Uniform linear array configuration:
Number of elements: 32
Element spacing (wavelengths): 0.25
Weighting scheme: exponential
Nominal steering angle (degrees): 15
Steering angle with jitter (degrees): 16.497
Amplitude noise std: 0.05
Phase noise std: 0.05

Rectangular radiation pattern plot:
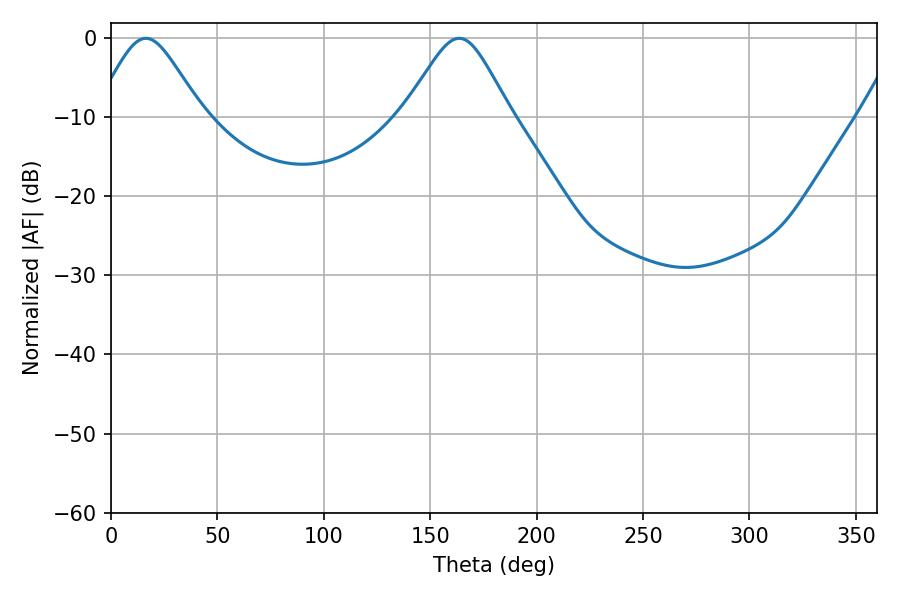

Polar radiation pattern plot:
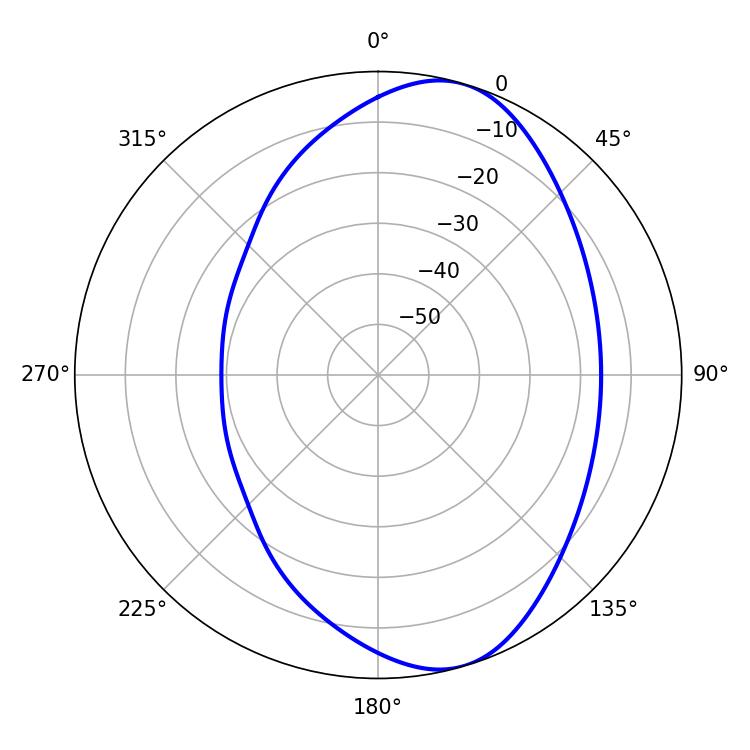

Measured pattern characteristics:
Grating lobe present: FALSE
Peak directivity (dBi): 7.867
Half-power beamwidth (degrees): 24.48
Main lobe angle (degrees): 16.38